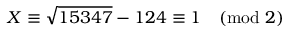
X \equiv { \sqrt { 1 5 3 4 7 } } - 1 2 4 \equiv 1 { \pmod { 2 } }